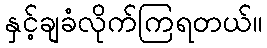
နှင့်ချခံလိုက်ကြရတယ်။